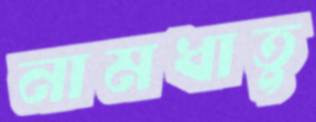
নামধাতু